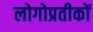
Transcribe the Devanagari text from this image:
लोगोप्रतीकों